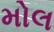
મોલ